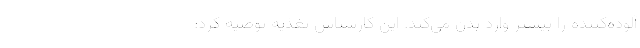
آلوده‌کننده را بیشتر وارد بدن می‌کند. این کارشناس تغذیه توصیه کرد: